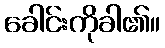
ခေါင်းကိုခါ၏။